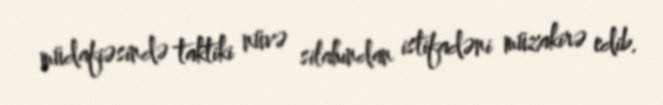
müdafiəsində taktiki nüvə silahından istifadəni müzakirə edib.